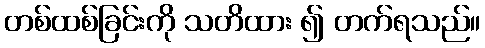
တစ်ထစ်ခြင်းကို သတိထား ၍ တက်ရသည်။